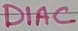
Text: DIAC